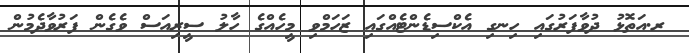
ރ.އަތޮޅު ދުވާފަރުގައި ހިނގި އެކްސިޑެންޓެއްގައި ޒަހަމްވި މީހެއްގެ ހާލު ސީރިއަސް ވެގެން ފަރުވާދެމުން